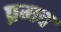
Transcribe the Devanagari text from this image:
प्रमद